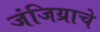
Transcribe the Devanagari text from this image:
जंजिय्राचे